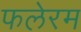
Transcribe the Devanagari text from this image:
फलेरम